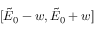
[ \tilde { E } _ { 0 } - w , \tilde { E } _ { 0 } + w ]